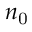
n _ { \mathrm { 0 } }